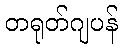
တရုတ်ဂျပန်